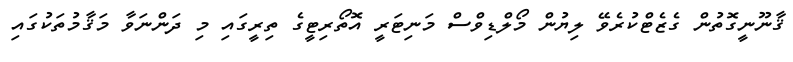
ޤާނޫނީގޮތުން ގެޒެޓްކުރެވޭ ލިޔުން މޯލްޑިވްސް މަނިޓަރީ އޮތޯރިޓީގެ ތިރީގައި މި ދަންނަވާ މަޤާމުތަކުގައި